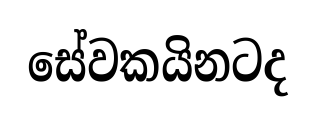
සේවකයිනටද